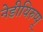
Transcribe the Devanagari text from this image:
नेडीयिरुप्पू